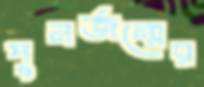
পুনর্জন্মের